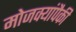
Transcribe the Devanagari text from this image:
मोजक्यांपैकी